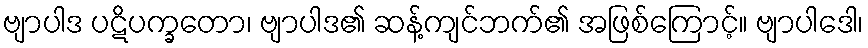
ဗျာပါဒ ပဋိပက္ခတော၊ ဗျာပါဒ၏ ဆန့်ကျင်ဘက်၏ အဖြစ်ကြောင့်။ ဗျာပါဒေါ၊